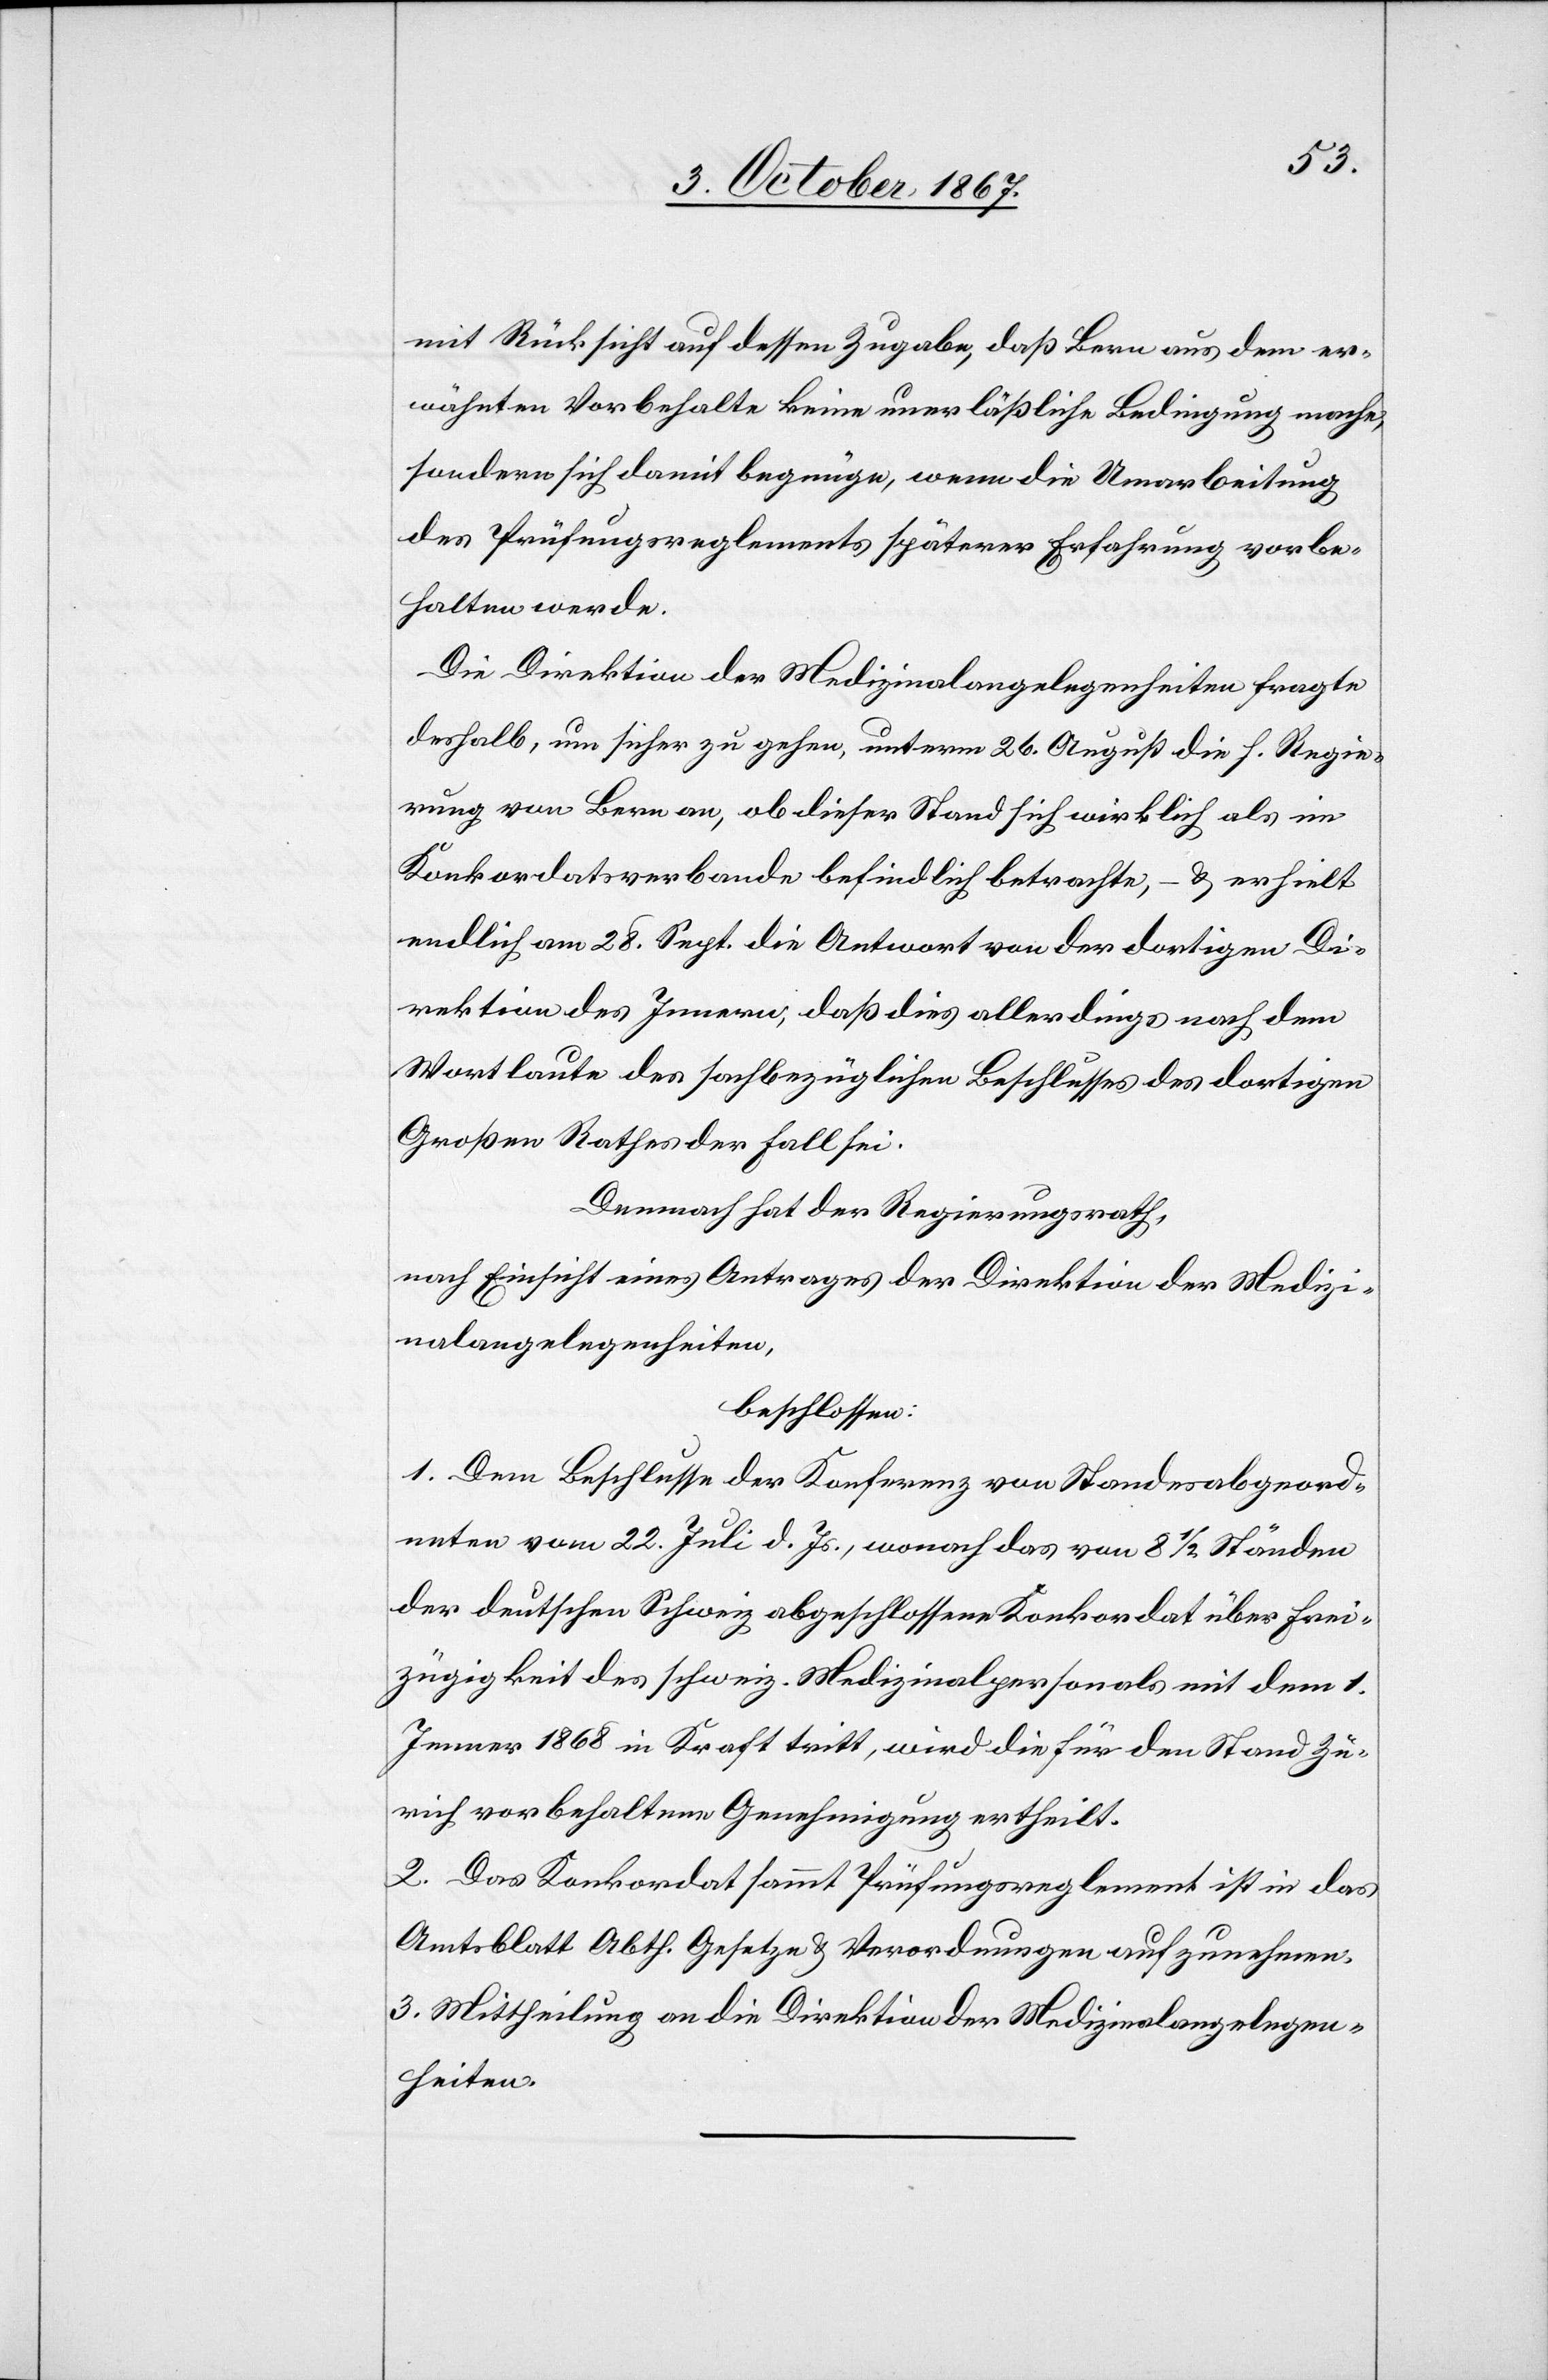
mit Rücksicht auf dessen Zugabe, daß Bern aus dem er¬
wähnten Vorbehalte keine neuerläßliche Bedingung mache,
sondern sich damit begnüge, wenn die Umarbeitung
des Prüfungsreglements späterer Erfahrung vorbe¬
halten werde.
Die Direktion der Medizinalangelegenheiten fragte
deshalb, um sicher zu gehen, unterm 26. August die h. Regie¬
rung von Bern an, ob dieser Stand sich wirklich als im
Konkordatsverbande befindlich betrachte, – u. erhielt
endlich am 28. Sept. die Antwort von der dortigen Di¬
rektion des Innern, daß dies allerdings nach dem
Wortlaute des sachbezüglichen Beschlusses des dortigen
Großen Rathes der Fall sei.
Demnach hat der Regierungsrath,
nach Einsicht eines Antrages der Direktion der Medizi¬
nalangelegenheiten,
beschlossen:
1. Dem Beschlusse der Konferenz von Standesabgeord¬
neten vom 22. Juli d. Js., wonach das von 8 ½ Ständen
der deutschen Schweiz abgeschlossene Konkordat über Frei¬
zügigkeit des schweiz. Medizinalpersonals mit dem 1.
Jenner 1868 in Kraft tritt, wird die für den Stand Zü¬
rich vorbehaltene Genehmigung ertheilt.
2. Das Konkordat sammt Prüfungsreglement ist in das
Amtsblatt Abth. Gesetze u. Verordnungen aufzunehmen.
3. Mittheilung an die Direktion der Medizinalangelegen¬
heiten.